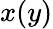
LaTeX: x(y)